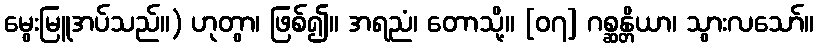
မွေးမြူအပ်သည်။) ဟုတွာ၊ ဖြစ်၍။ အရညံ၊ တောသို့။ [၀၇] ဂစ္ဆန္တိယာ၊ သွားလသော်။